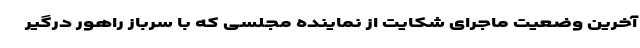
آخرین وضعیت ماجرای شکایت از نماینده مجلسی که با سرباز راهور درگیر